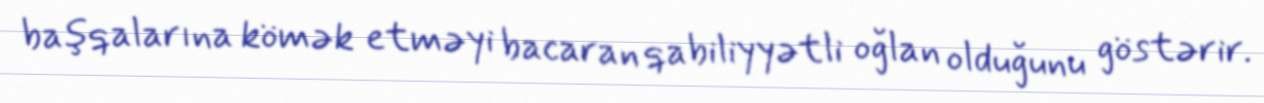
başqalarına kömək etməyi bacaran qabiliyyətli oğlan olduğunu göstərir.